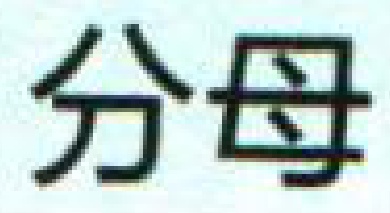
分母